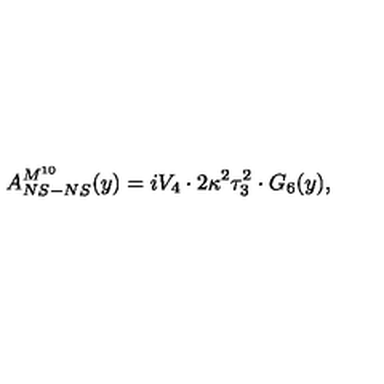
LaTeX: A _ { N S - N S } ^ { M ^ { 1 0 } } ( y ) = i V _ { 4 } \cdot 2 \kappa ^ { 2 } \tau _ { 3 } ^ { 2 } \cdot G _ { 6 } ( y ) ,